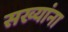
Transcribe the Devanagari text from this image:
सख्यांना